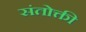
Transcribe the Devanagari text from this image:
संतोक्ती